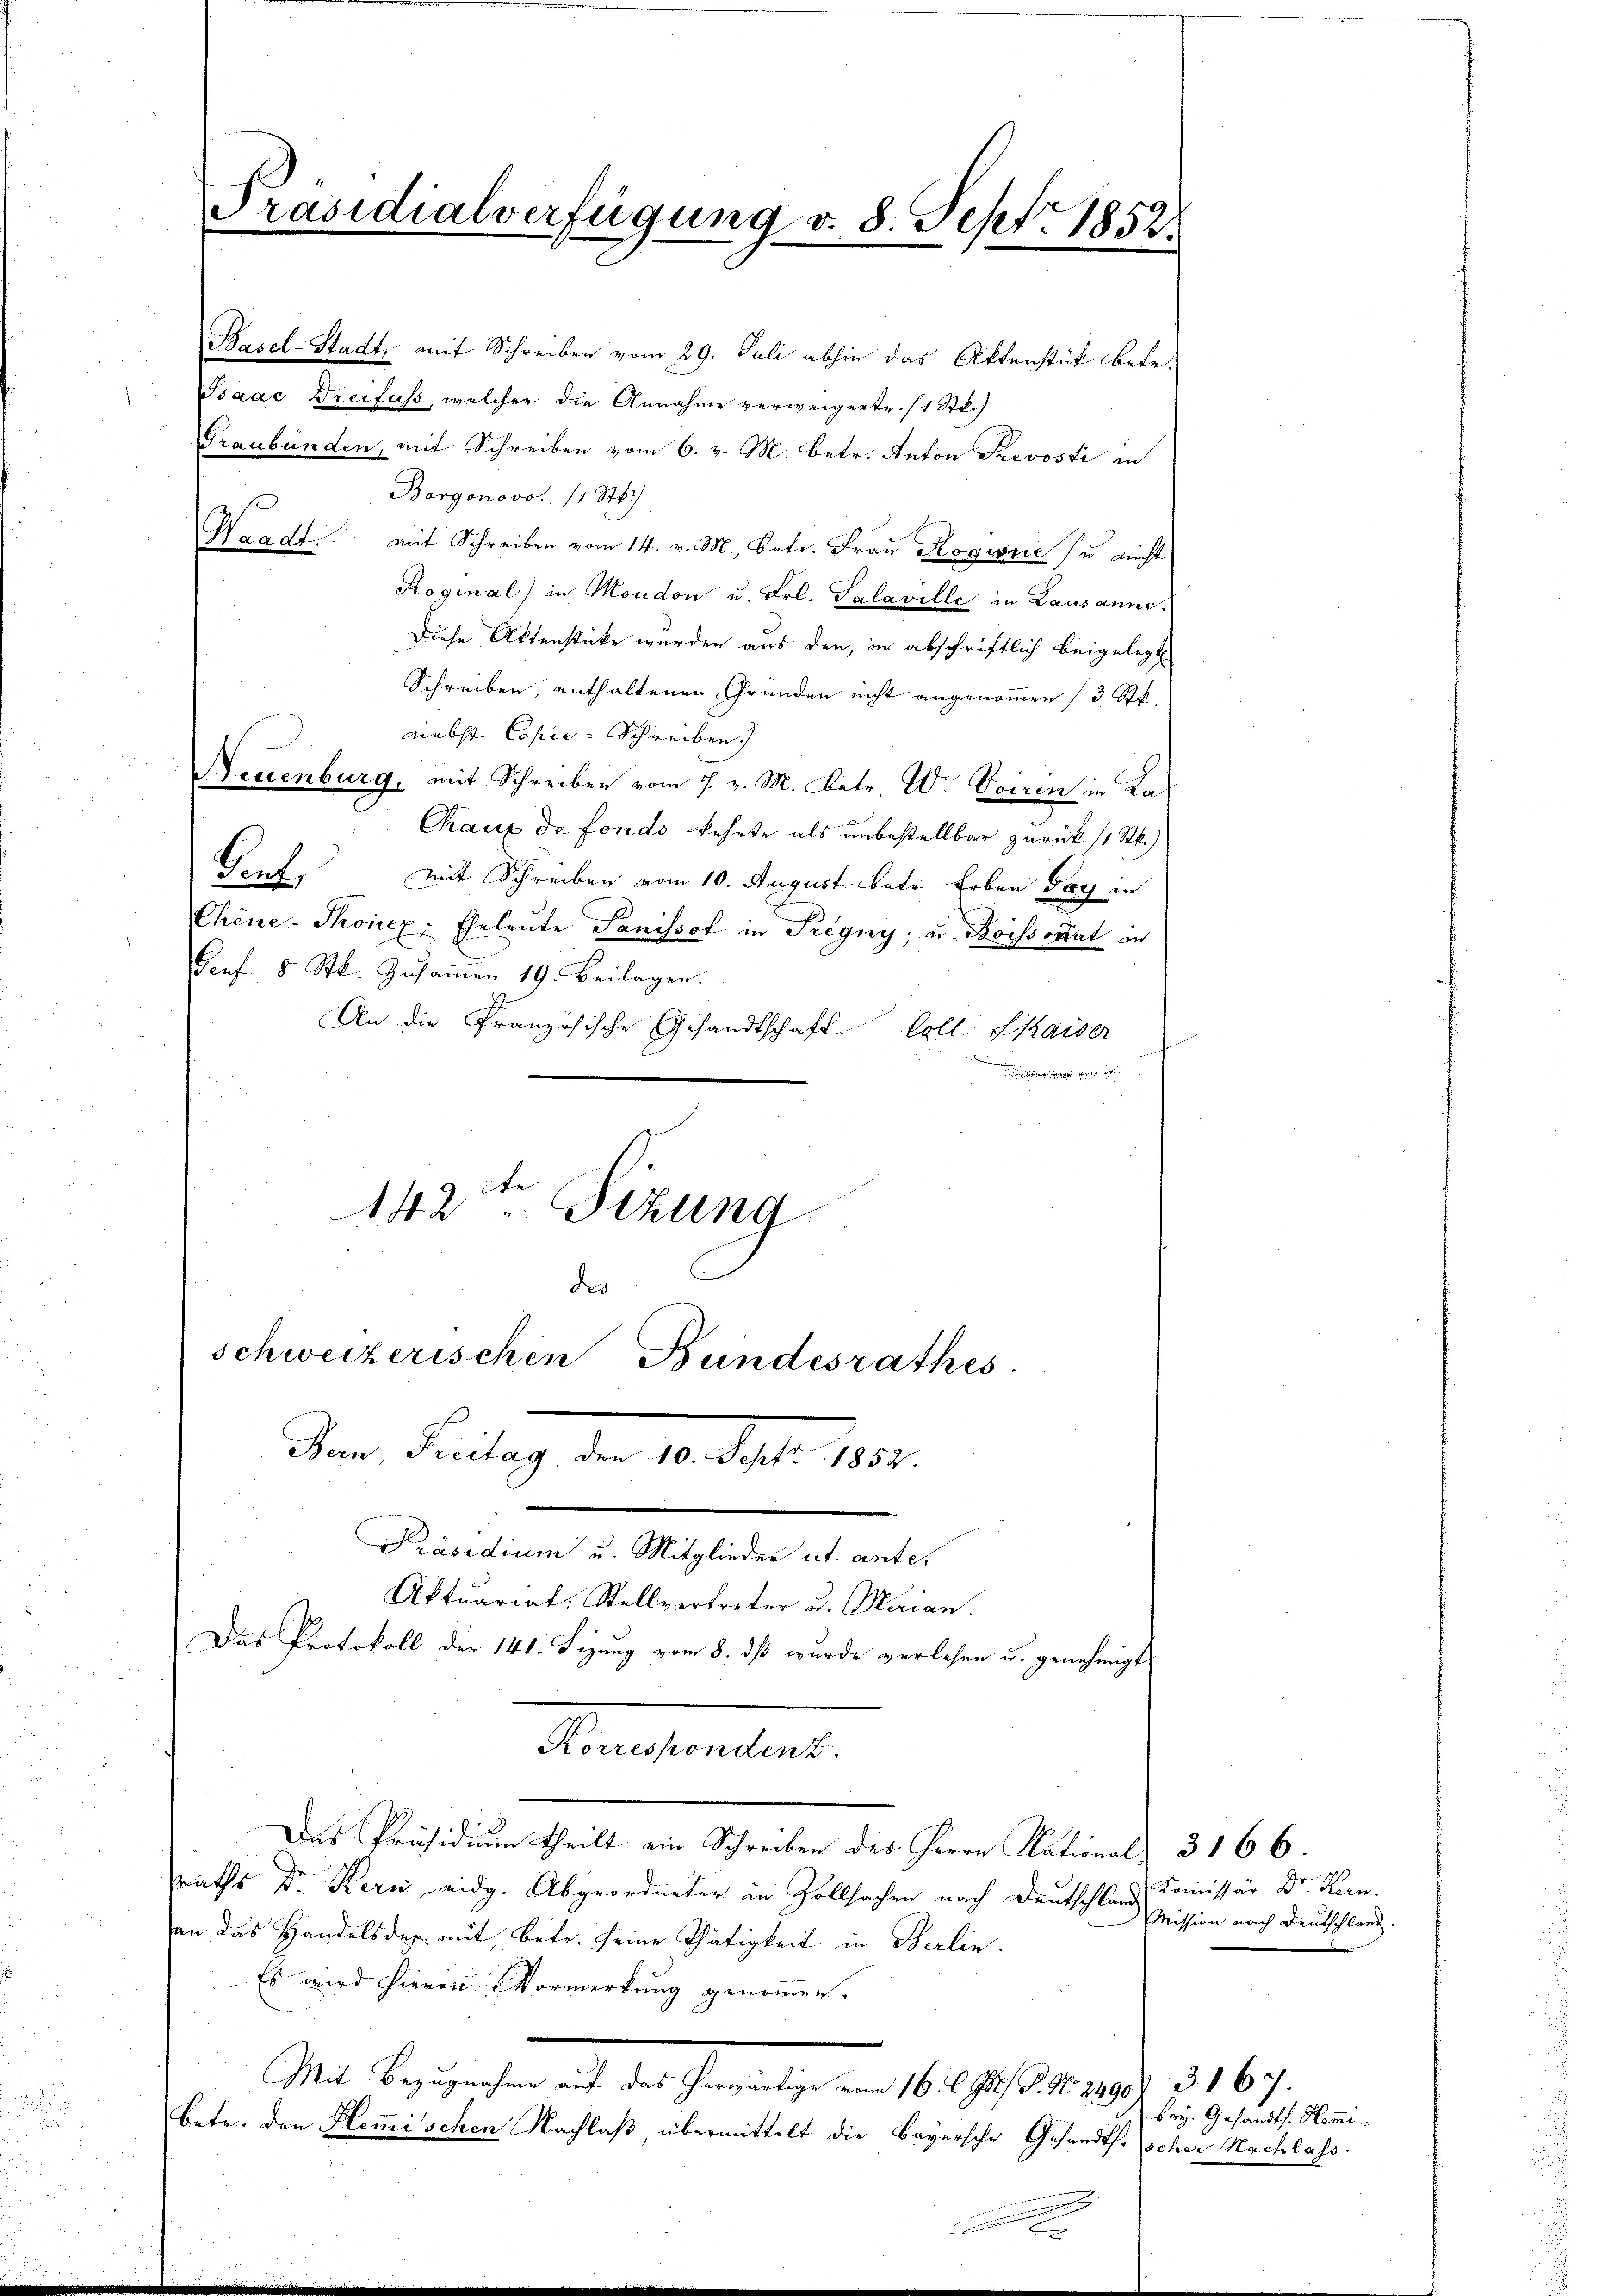
Präsidialverfügung v. 8. Sept. 1852

des
schweizerischen Bundesrathes

Basel-Stadt, mit Schreiben vom 29. Juli abhin das Aktenstück betr.
Isaac Dreifuss, welcher die Annahme verweigerte. (1 Stk.)
Graubünden, mit Schreiben vom 6. v. M. betr. Anton Prevosti in
Borgonovo. 11 Stk.)
Waadt mit Schreiben vom 14. v. M., betr. Frau Kogwnić su nicht
Roginal) in Moudon u. Frl. Salaville in Lausanne.
Diese Aktenstücke wurden aus den, im abschriftlich beigelegt
Schreiben, enthaltenen Gründen nicht angenommen (3 Stk.
nebst Copie-Schreiben.
Neuenburg, mit Schreiben vom 7. v. M. Betr. W. Voirin in La¬
Chaux de fonds kehrte als unbestellbar zurück 11 Rk.)
Perf
Mit Schreiben vom 10. August betr. Erben Tag in
Chine-Thonex- Eheleute Sanissof in Tregny; u. Boissonat in
Genf 8 Stk. Zusammen 19. Beilagen.
An die Französische Gesandtschaft. Coll. Skaiser

142sten Sizung

Dem Fristung der 10. Sept. 1832.
Präsidium u. Mitglieder ut ante.
Aktuariat. Stellvertreter u. Maian.
Das Protokoll der 141. Sizung vom 8. dß wurde verlesen u. genehmigt

Das Präsidium theilt ein Schreiben des Herrn National 3166.
raths Dr. Kern, widg. Abgeordneter in Zollsachen nach Deutschland, Commissär Dr. Kern.
an das Handels der mit betr. seine Thätigkeit in Berlin.
Es wird hievon Vormerkung genommen.
Mit Bezugnahme auf das herwärtige vom 16. l. J. P. Nr. 2490) 3167.
betr. den Homischen Nachlaß übermittelt die Bayersche Gesandts. Escher Nachlass
2

Korrespondent

Mission nach Deutschland.

bay. Gesandts. Hem̅i¬